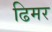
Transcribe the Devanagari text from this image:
ढिमर